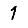
Digit: 1